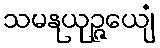
သမနုယုဉ္ဇေယျံ